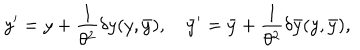
LaTeX: y ^ { \prime } = y + { \frac { 1 } { \theta ^ { 2 } } } \delta y ( y , \bar { y } ) , \quad \bar { y } ^ { \prime } = \bar { y } + { \frac { 1 } { \theta ^ { 2 } } } \delta \bar { y } ( y , \bar { y } ) ,